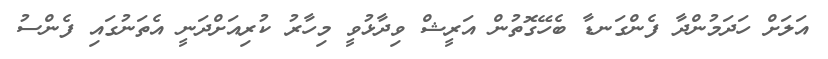
އަލަށް ހަދަމުންދާ ފެންގަނޑާ ބެހޭގޮތުން އަރީޝް ވިދާޅުވީ މިހާރު ކުރިއަށްދަނީ އެތަނުގައި ފެންސު